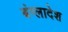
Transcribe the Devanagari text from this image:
बंग्‍लादेश